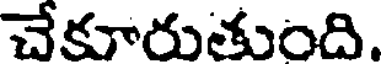
చేకూరుతుంది.